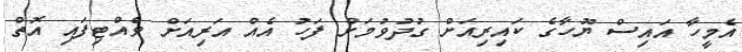
އެމީހާ އައިސް ޔޫހާގެ ކައިރިއަށް ގުދުވުމަށް ފަހު އެއް އަރިއަށް ވެއްޓިފައި އޮތް